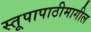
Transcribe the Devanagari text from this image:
स्तूपापाठीमागील